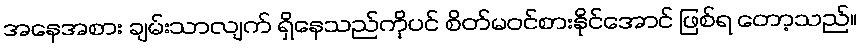
အနေအစား ချမ်းသာလျက် ရှိနေသည်ကိုပင် စိတ်မဝင်စားနိုင်အောင် ဖြစ်ရ တော့သည်။